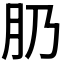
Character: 𱼁